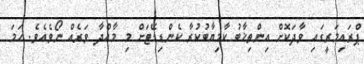
ޕްރައިމަރީގައި ވާދަކޮށް އިންތިޚާބު ކާމިޔާބުކުރާ ކެންޑިޑޭޓަށް މި މާއްދާ ވަރެއް ނޯވެއެވެ. ހަމަ